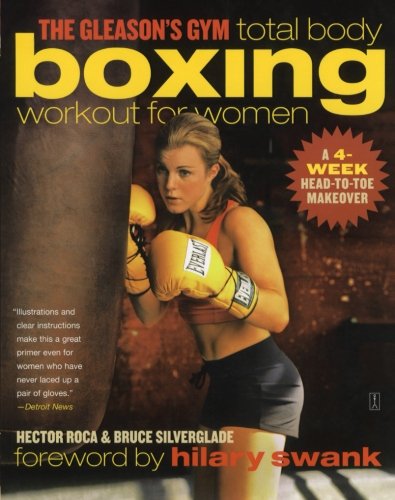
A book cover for The Gleason's Gym Total Body Boxing Workout for Women: A 4-Week Head-to-Toe Makeover; Hector Roca; Sports & Outdoors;